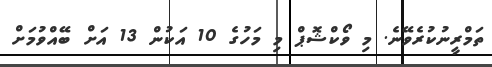
ތަމްރީނުކުރެވޭނެ. މި ވޯކްޝޮޕް މި މަހުގެ 10 އަކުން 13 އަށް ބޭއްވުމަށް